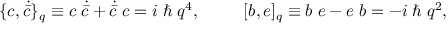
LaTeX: \{ c , \dot { \bar { c } } \} _ { q } \equiv c \; \dot { \bar { c } } + \dot { \bar { c } } \; c = i \; \hbar \; q ^ { 4 } , \; \qquad \; [ b , e ] _ { q } \equiv b \; e - e \; b = - i \; \hbar \; q ^ { 2 } ,